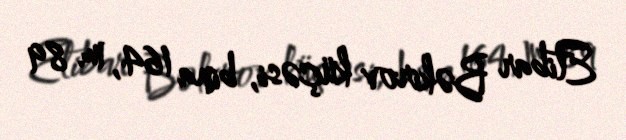
Etibar Bəkirov küçəsi, bina 164, m. 89